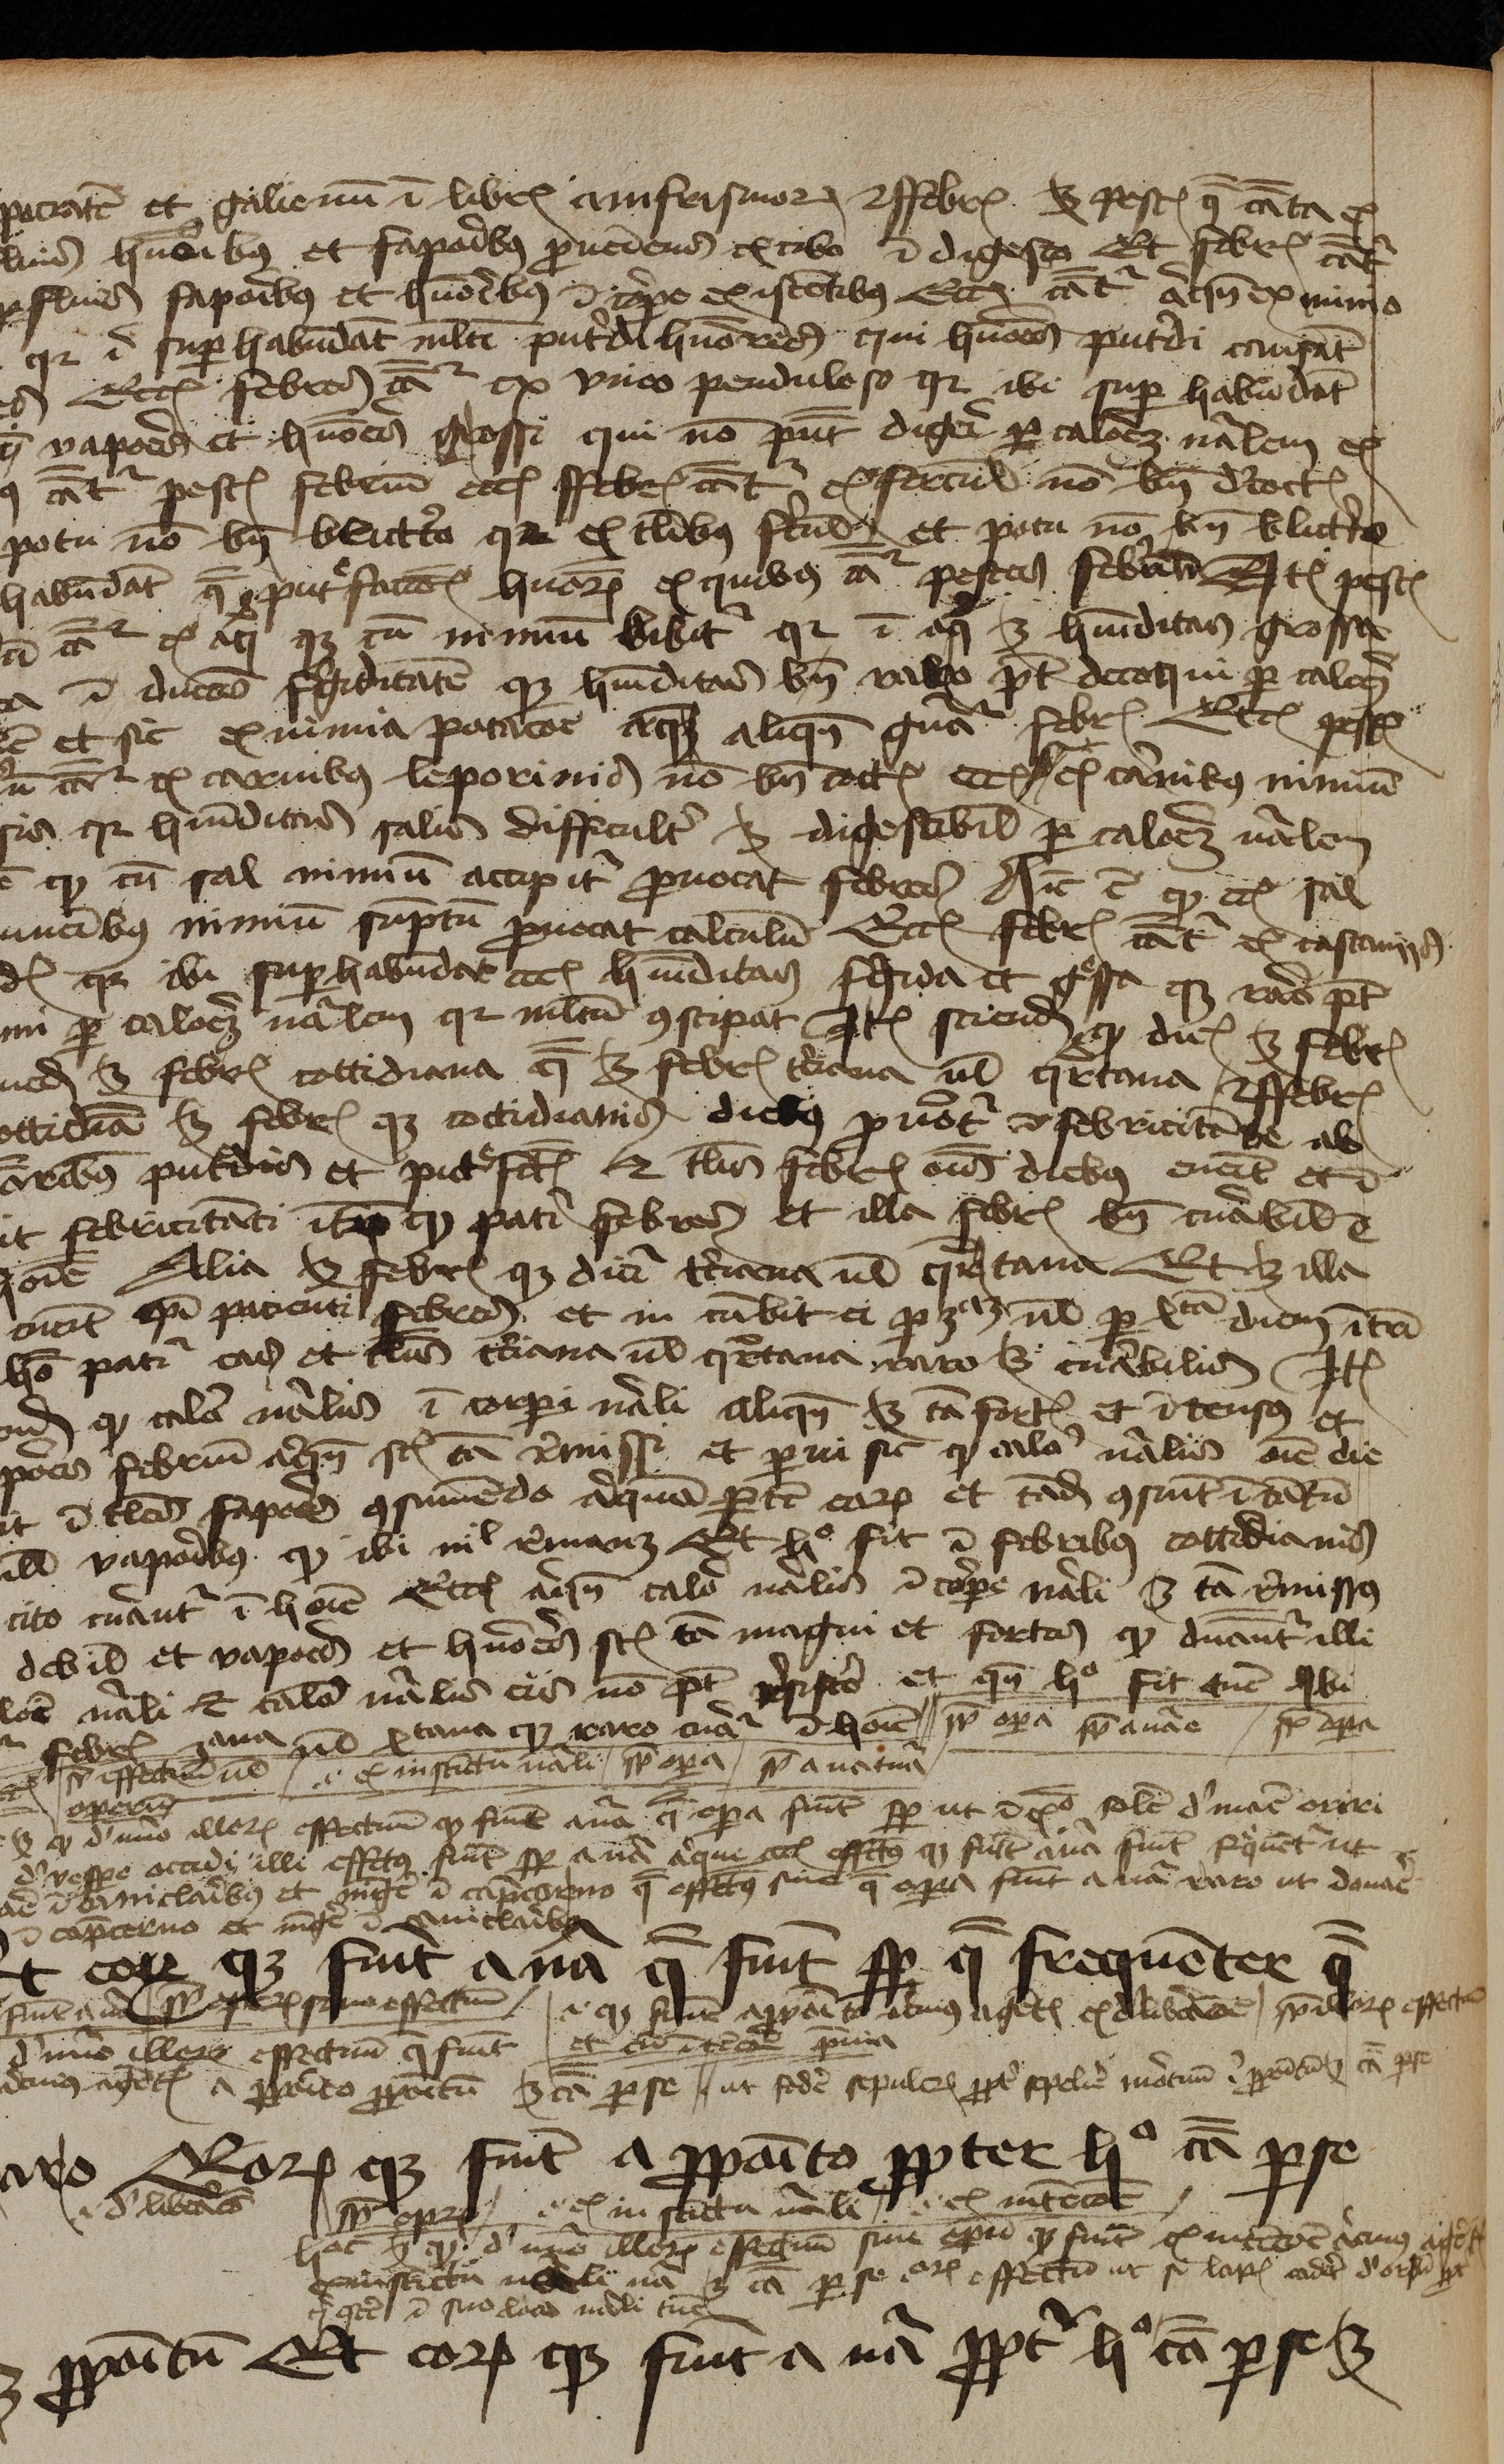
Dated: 1450–1474